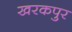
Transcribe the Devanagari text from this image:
खरकपुर